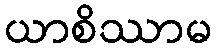
ယာစိဿာမ